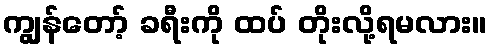
ကျွန်တော့် ခရီးကို ထပ် တိုးလို့ရမလား။